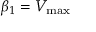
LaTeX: \beta _ { 1 } = V _ { \mathrm { m a x } }